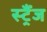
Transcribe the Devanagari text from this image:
स्ट्रैंज